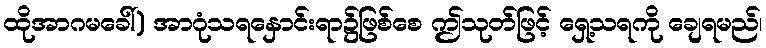
ထိုအာဂမခေါ်) အာဂုံသရနှောင်းရာ၌ဖြစ်စေ ဤသုတ်ဖြင့် ရှေ့သရကို ချေရမည်၊